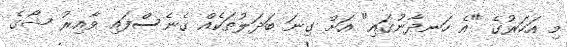
މި އަހަރުގެ "އެ ހަނދާނުގައި" އަށް ގިނަ ބަދަލުތަކެއް ގެނެސްފައި ވާއިރު ޝޯގެ